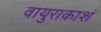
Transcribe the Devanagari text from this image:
वायुराकाशं